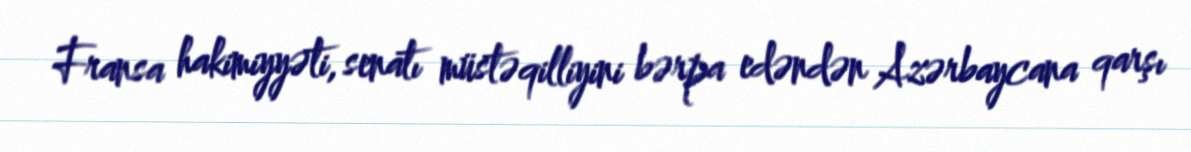
Fransa hakimiyyəti, senatı müstəqilliyini bərpa edəndən Azərbaycana qarşı